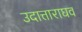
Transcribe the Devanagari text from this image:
उदात्ताराघव